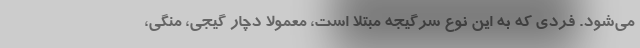
می‌شود. فردی که به این نوع سرگیجه مبتلا است، معمولا دچار گیجی، منگی،